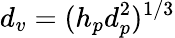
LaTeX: d_{v}=(h_{p}d_{p}^{2})^{1/3}